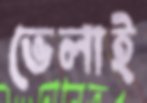
ভেলাই